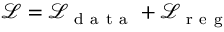
\mathcal { L } = \mathcal { L } _ { \mathrm { ~ d ~ a ~ t ~ a ~ } } + \mathcal { L } _ { \mathrm { ~ r ~ e ~ g ~ } }